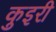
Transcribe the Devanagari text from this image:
कुइरी